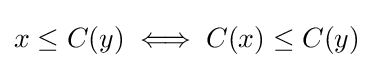
x\leq C(y)\iff C(x)\leq C(y)